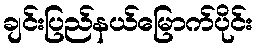
ချင်းပြည်နယ်မြောက်ပိုင်း